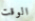
الوقت